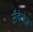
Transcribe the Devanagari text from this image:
सैवेजेज़